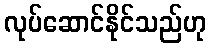
လုပ်ဆောင်နိုင်သည်ဟု